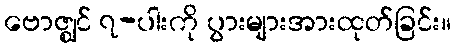
ဗောဇ္ဈင် ၇-ပါးကို ပွားများအားထုတ်ခြင်း။